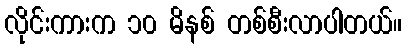
လိုင်းကားက ၁၀ မိနစ် တစ်စီးလာပါတယ်။